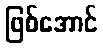
ဖြစ်အောင်